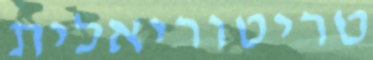
טריטוריאלית